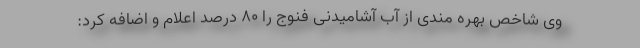
وی شاخص بهره مندی از آب آشامیدنی فنوج را ۸۰ درصد اعلام و اضافه کرد: